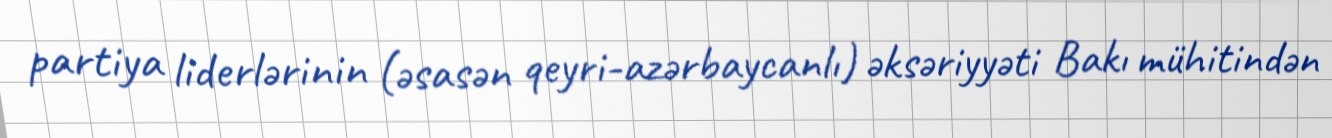
partiya liderlərinin (əsasən qeyri-azərbaycanlı) əksəriyyəti Bakı mühitindən